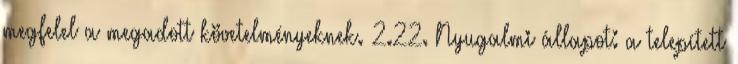
megfelel a megadott követelményeknek. 2.22. Nyugalmi állapot: a telepített